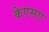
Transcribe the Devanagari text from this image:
केएसए